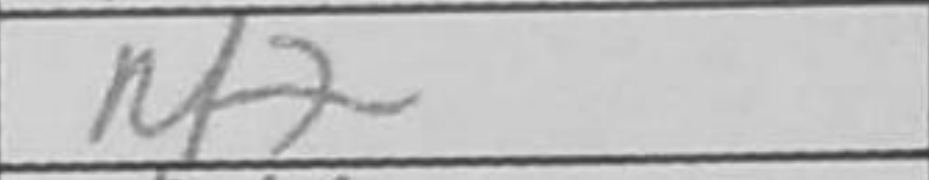
Transcription: Rf7